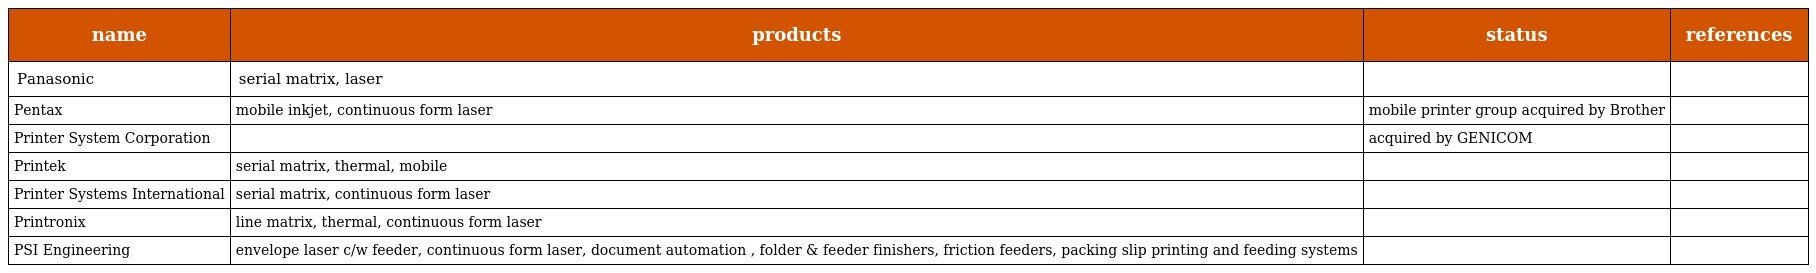
| name | products | status | references |
 | --- | --- | --- | --- |
 | Panasonic | serial matrix, laser |  |  |
 | Pentax | mobile inkjet, continuous form laser | mobile printer group acquired by Brother |  |
 | Printer System Corporation |  | acquired by GENICOM |  |
 | Printek | serial matrix, thermal, mobile |  |  |
 | Printer Systems International | serial matrix, continuous form laser |  |  |
 | Printronix | line matrix, thermal, continuous form laser |  |  |
 | PSI Engineering | envelope laser c/w feeder, continuous form laser, document automation , folder & feeder finishers, friction feeders, packing slip printing and feeding systems |  |  |